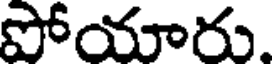
పోయారు.